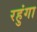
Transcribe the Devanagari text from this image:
रहुंगा